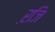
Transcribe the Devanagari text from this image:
ऱजि